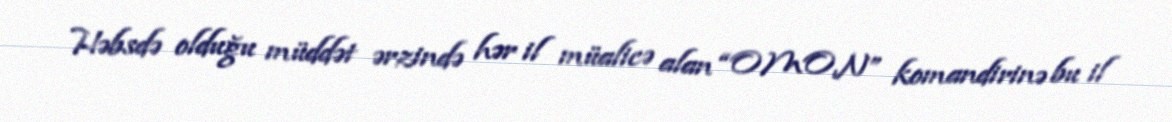
Həbsdə olduğu müddət ərzində hər il müalicə alan “OMON” komandirinə bu il